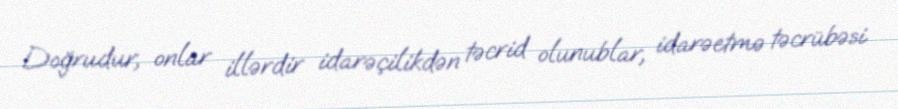
Doğrudur, onlar illərdir idarəçilikdən təcrid olunublar, idarəetmə təcrübəsi